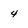
Character: 4